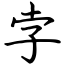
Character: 孛